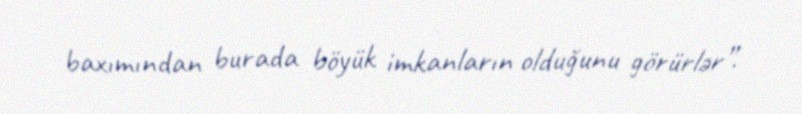
baxımından burada böyük imkanların olduğunu görürlər”.